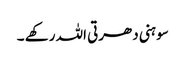
سوہنی دھرتی اللہ رکھے ۔